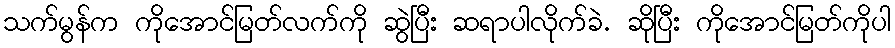
သက်မွန်က ကိုအောင်မြတ်လက်ကို ဆွဲပြီး ဆရာပါလိုက်ခဲ. ဆိုပြီး ကိုအောင်မြတ်ကိုပါ